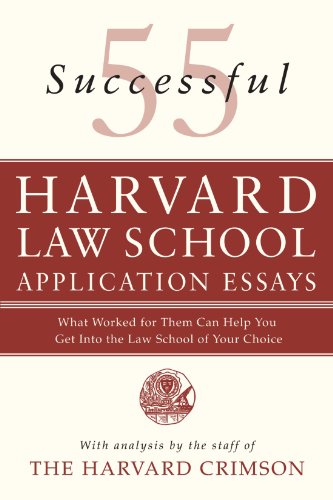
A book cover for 55 Successful Harvard Law School Application Essays: What Worked for Them Can Help You Get Into the Law School of Your Choice; Staff of the Harvard Crimson; Education & Teaching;